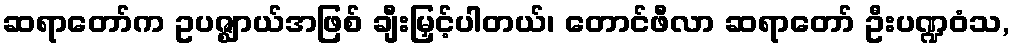
ဆရာတော်က ဥပဇ္ဈာယ်အဖြစ် ချီးမြှင့်ပါတယ်၊ တောင်ဖီလာ ဆရာတော် ဦးပဏ္ဍဝံသ,